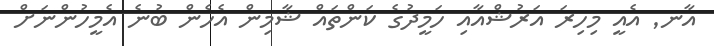
އާނ